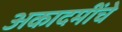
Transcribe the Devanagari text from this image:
अकादमींचे